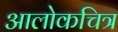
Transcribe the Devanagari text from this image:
आलोकचित्र